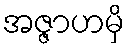
အဇ္ဇာဟမှိ